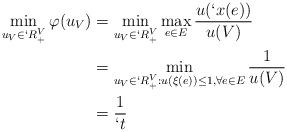
LaTeX: \begin{align*}\min_{u_V\in `R_+^V}\varphi(u_V)&=\min_{u_V\in `R_+^V}\max_{e\in E}\frac{u( `x(e))}{u(V)}\\ &=\min_{u_V\in `R_+^V: u(\xi(e))\leq 1, \forall e\in E}\frac{1}{u(V)}\\ &=\frac{1}{`t}\end{align*}